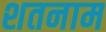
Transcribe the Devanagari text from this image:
शतनाम